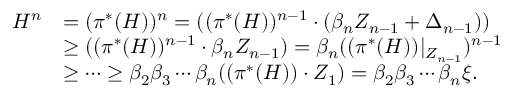
\begin{array} { r l } { H ^ { n } } & { = ( \pi ^ { * } ( H ) ) ^ { n } = ( ( \pi ^ { * } ( H ) ) ^ { n - 1 } \cdot ( \beta _ { n } Z _ { n - 1 } + \Delta _ { n - 1 } ) ) } \\ & { \geq ( ( \pi ^ { * } ( H ) ) ^ { n - 1 } \cdot \beta _ { n } Z _ { n - 1 } ) = \beta _ { n } ( ( \pi ^ { * } ( H ) ) | _ { Z _ { n - 1 } } ) ^ { n - 1 } } \\ & { \geq \cdots \geq \beta _ { 2 } \beta _ { 3 } \cdots \beta _ { n } ( ( \pi ^ { * } ( H ) ) \cdot Z _ { 1 } ) = \beta _ { 2 } \beta _ { 3 } \cdots \beta _ { n } \xi . } \end{array}